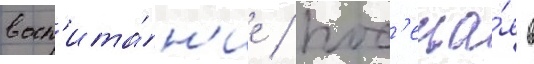
восп'ита́н'ие / пос'еща́я в